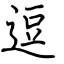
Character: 逗